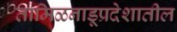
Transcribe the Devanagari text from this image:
तामिळनाडूप्रदेशातील